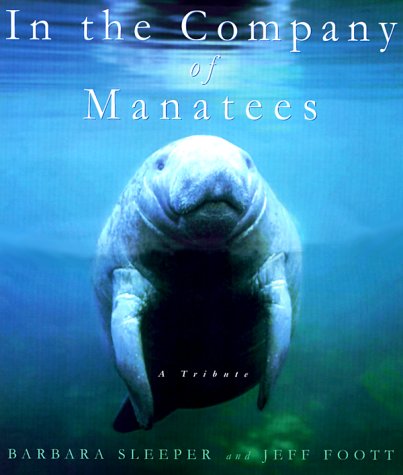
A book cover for In the Company of Manatees: A Tribute; Barbara Sleeper; Sports & Outdoors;